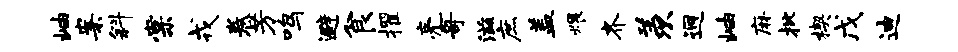
岫案斜棠戎卷芳鸣避食擢亮哥滋庶盖煨齐羡迥岫麻批楔戊迪